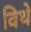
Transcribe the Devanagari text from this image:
विथे